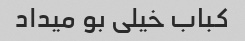
کباب خیلی بو میداد